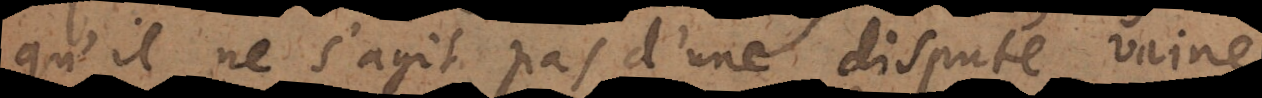
qu’il ne s’agit pas d’une dispute vaine,